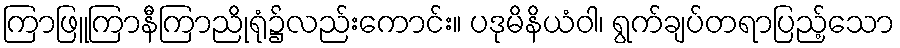
ကြာဖြူကြာနီကြာညိုရုံ၌လည်းကောင်း။ ပဒုမိနိယံဝါ၊ ရွက်ချပ်တရာပြည့်သော